Report on the cholera epidemic of
Year: 1868
Disease focus: Cholera
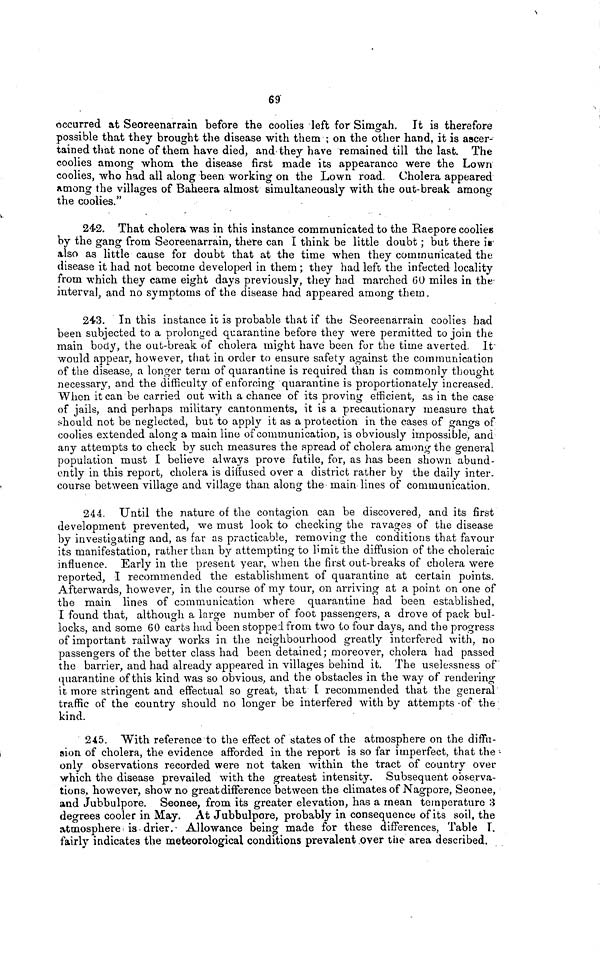
69
occurred at Seoreenarrain before the coolies left for Simgah. It is therefore
possible that they brought the disease with them ; on the other hand, it is ascer-
tained that none of them have died, and they have remained till the last. The
coolies among whom the disease first made its appearance were the Lown
coolies, who had all along been working on the Lown road. Cholera appeared
among the villages of Baheera almost simultaneously with the out-break among
the coolies."
242. That cholera was in this instance communicated to the Raepore coolies
by the gang from Seoreenarrain, there can I think be little doubt ; but there is
also as little cause for doubt that at the time when they communicated the
disease it had not become developed in them ; they had left the infected locality
from which they came eight days previously, they had marched 60 miles in the
interval, and no symptoms of the disease had appeared among them.
243. In this instance it is probable that if the Seoreenarrain coolies had
been subjected to a prolonged quarantine before they were permitted to join the
main body, the out-break of cholera might have been for the time averted. It
would appear, however, that in order to ensure safety against the communication
of the disease, a longer term of quarantine is required than is commonly thought
necessary, and the difficulty of enforcing quarantine is proportionately increased.
When it can be carried out with a chance of its proving efficient, as in the case
of jails, and perhaps military cantonments, it is a precautionary measure that
should not be neglected, but to apply it as a protection in the cases of gangs of
coolies extended along a main line of communication, is obviously impossible, and
any attempts to check by such measures the spread of cholera among the general
population must I believe always prove futile, for, as has been shown abund-
ently in this report, cholera is diffused over a district rather by the daily inter-
course between village and village than along the main lines of communication.
244. Until the nature of the contagion can be discovered, and its first
development prevented, we must look to checking the ravages of the disease
by investigating and, as far as practicable, removing the conditions that favour
its manifestation, rather than by attempting to limit the diffusion of the choleraic
influence. Early in the present year, when the first out-breaks of cholera were
reported, I recommended the establishment of quarantine at certain points.
Afterwards, however, in the course of my tour, on arriving at a point on one of
the main lines of communication where quarantine had been established,
I found that, although a large number of foot passengers, a drove of pack bul-
locks, and some 60 carts had been stopped from two to four days, and the progress
of important railway works in the neighbourhood greatly interfered with, no
passengers of the better class had been detained; moreover, cholera had passed
the barrier, and had already appeared in villages behind it. The uselessness of
quarantine of this kind was so obvious, and the obstacles in the way of rendering
it more stringent and effectual so great, that I recommended that the general
traffic of the country should no longer be interfered with by attempts of the
kind.
245. With reference to the effect of states of the atmosphere on the diffu-
sion of cholera, the evidence afforded in the report is so far imperfect, that the
only observations recorded were not taken within the tract of country over
which the disease prevailed with the greatest intensity. Subsequent observa-
tions, however, show no great difference between the climates of Nagpore, Seonee,
and Jubbulpore. Seonee, from its greater elevation, has a mean temperature 3
degrees cooler in May. At Jubbulpore, probably in consequence of its soil, the
atmosphere is drier. Allowance being made for these differences, Table Γ.
fairly indicates the meteorological conditions prevalent over the area described.